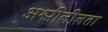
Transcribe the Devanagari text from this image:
अश्लीलीलता